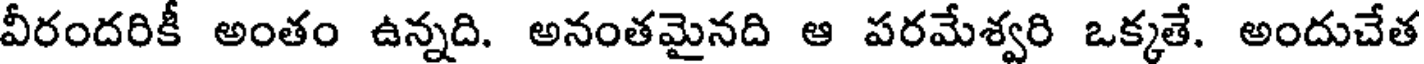
వీరందరికీ అంతం ఉన్నది. అనంతమైనది ఆ పరమేశ్వరి ఒక్కతే. అందుచేత